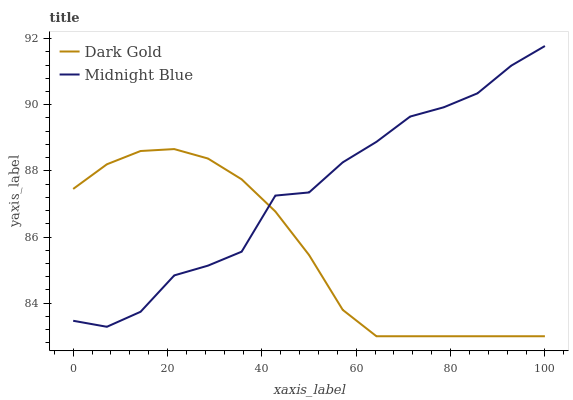
| xaxis_label | Dark Gold | Midnight Blue |
 | --- | --- | --- |
 | 0 | 87.5 | 83.5 |
 | 7.14 | 88.2 | 83.3 |
 | 14.3 | 88.6 | 83.7 |
 | 21.4 | 88.7 | 84.8 |
 | 28.6 | 88.4 | 85.1 |
 | 35.7 | 87.7 | 85.6 |
 | 42.9 | 86.8 | 87.3 |
 | 50 | 85.5 | 87.3 |
 | 57.1 | 83.8 | 88.3 |
 | 64.3 | 83 | 88.9 |
 | 71.4 | 83 | 89.6 |
 | 78.6 | 83 | 89.9 |
 | 85.7 | 83 | 90.3 |
 | 92.9 | 83 | 91.2 |
 | 100 | 83 | 91.8 |